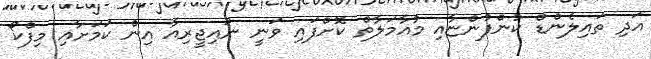
އަދި ތައިލެންޑް ކުންފުންޏާއި މުއާމަލާތް ކޮށްފައި ވަނީ ނައިޖީރިއާ އިން ކަމަށާއި މިފްކޯ